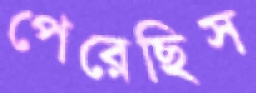
পেরেছিস